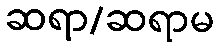
ဆရာ/ဆရာမ